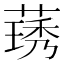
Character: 𬝽